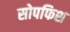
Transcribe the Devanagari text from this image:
सोपफिश